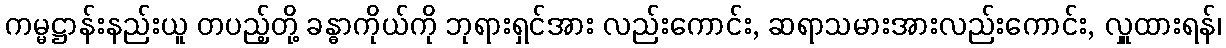
ကမ္မဋ္ဌာန်းနည်းယူ တပည့်တို့ ခန္ဓာကိုယ်ကို ဘုရားရှင်အား လည်းကောင်း, ဆရာသမားအားလည်းကောင်း, လှူထားရန်၊